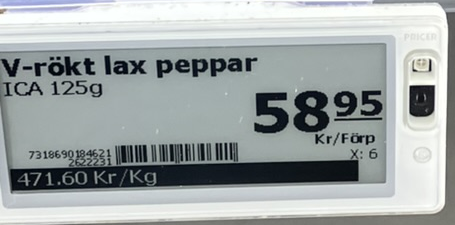
Vara: V-rökt lax peppar
Genomsnittspris: 471.60 per kg